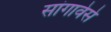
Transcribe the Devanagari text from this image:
सांगावेसे